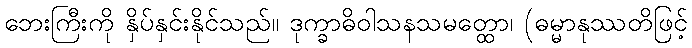
ဘေးကြီးကို နှိပ်နှင်းနိုင်သည်။ ဒုက္ခာဓိဝါသနသမတ္ထော၊ (ဓမ္မာနုဿတိဖြင့်